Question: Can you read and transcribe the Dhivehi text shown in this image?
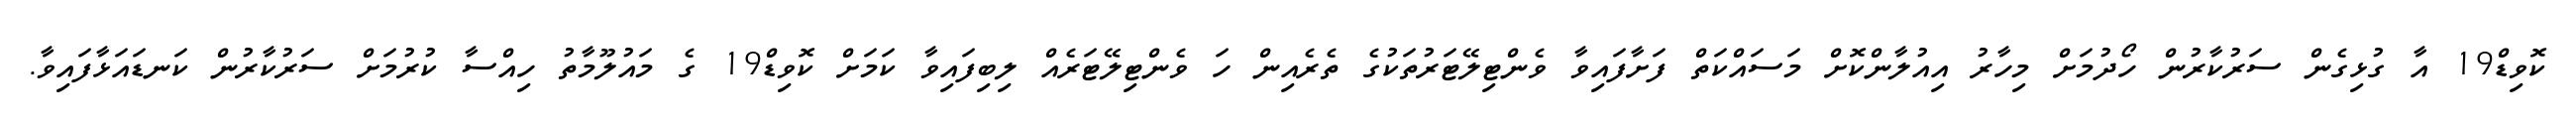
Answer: ކޮވިޑް19 އާ ގުޅިގެން ސަރުކާރުން ހޯދުމަށް މިހާރު އިއުލާންކޮށް މަސައްކަތް ފަށާފައިވާ ވެންޓިލޭޓަރުތަކުގެ ތެރެއިން ހަ ވެންޓިލޭޓަރެއް ލިބިފައިވާ ކަމަށް ކޮވިޑް19 ގެ މައުލޫމާތު ހިއްސާ ކުރުމަށް ސަރުކާރުން ކަނޑައަޅާފައިވާ.